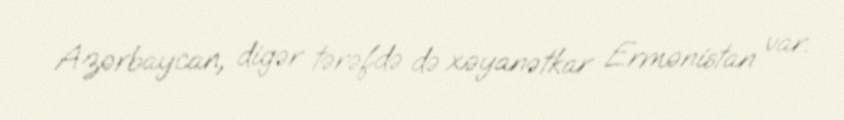
Azərbaycan, digər tərəfdə də xəyanətkar Ermənistan var.